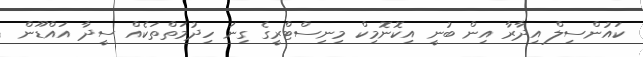
ކައުންސިލް އިދާރާ އިން ބުނީ އިކޮނޮމިކް މިނިސްޓްރީގެ ގިނަ ހިދުމަތްތަކެއް ސީދާ އައްޑޫން